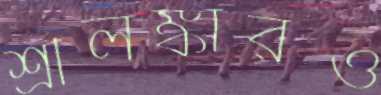
শ্রীলঙ্কারও